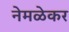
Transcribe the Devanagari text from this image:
नेमळेकर